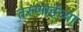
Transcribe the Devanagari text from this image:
तरुणाईच्या